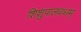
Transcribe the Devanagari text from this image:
शिशुपालवधम्